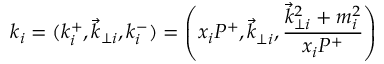
k _ { i } = ( k _ { i } ^ { + } , { \vec { k } } _ { \perp i } , k _ { i } ^ { - } ) = \left( x _ { i } P ^ { + } , { \vec { k } } _ { \perp i } ^ { ~ } , \frac { { \vec { k } } _ { \perp i } ^ { 2 } + m _ { i } ^ { 2 } } { x _ { i } P ^ { + } } \right)